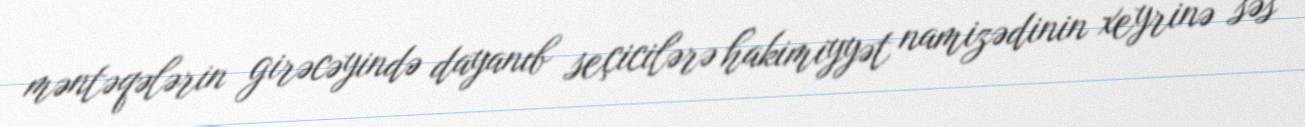
məntəqələrin girəcəyində dayanıb seçicilərə hakimiyyət namizədinin xeyrinə səs